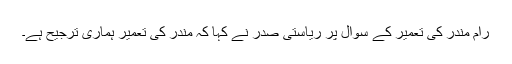
رام مندر کی تعمیر کے سوال پر ریاستی صدر نے کہا کہ مندر کی تعمیر ہماری ترجیح ہے۔